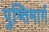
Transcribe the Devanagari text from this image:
पुष्तिमार्ग